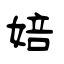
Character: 婄